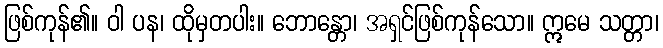
ဖြစ်ကုန်၏။ ဝါ ပန၊ ထိုမှတပါး။ ဘောန္တော၊ အရှင်ဖြစ်ကုန်သော။ ဣမေ သတ္တာ၊